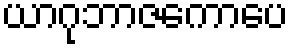
ယာဂုဘာဇကောပေ